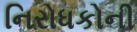
નિરોધકોની